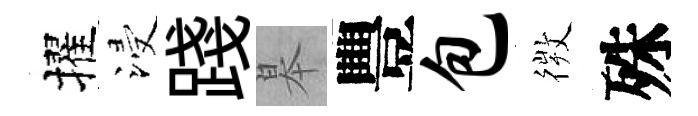
擢浸踐皋豐包𢕄殊